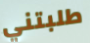
طلبتني